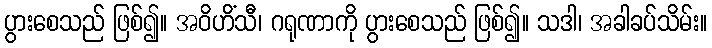
ပွားစေသည် ဖြစ်၍။ အဝိဟိံသီ၊ ဂရုဏာကို ပွားစေသည် ဖြစ်၍။ သဒါ၊ အခါခပ်သိမ်း။